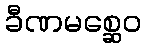
ခီဏမစ္ဆေဝ